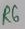
Text: R6